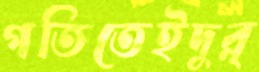
গতিতেইদুর্